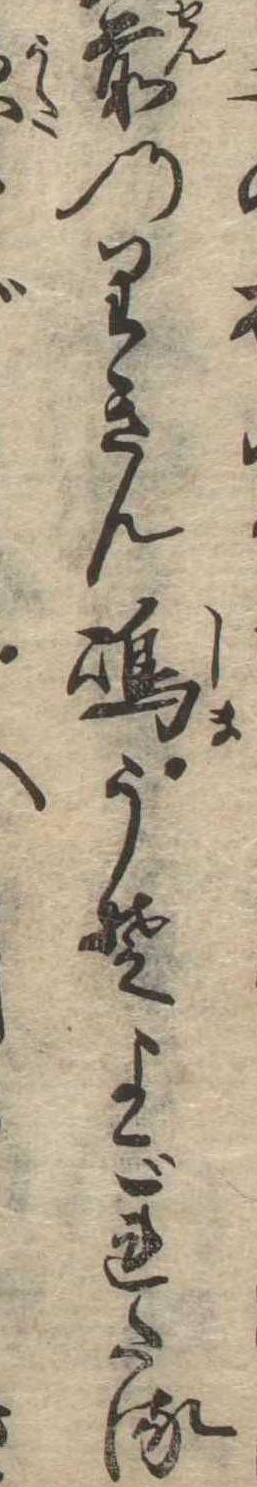
前のりきん島うそよごれたる